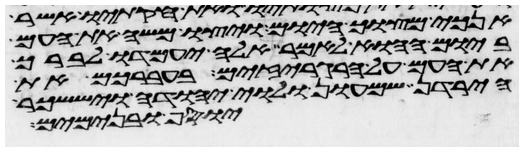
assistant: אנכי מצוך היום ויצו משה את העם
ביום ההוא לאמר אלה יעמדו לברך
את העם על הרגריזים בעברכם את
הירדן שמעון ולוי יהודה ויששכר
יוסף ובנימים